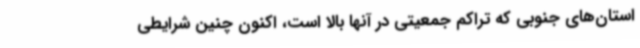
استان‌های جنوبی که تراکم جمعیتی در آنها بالا است، اکنون چنین شرایطی